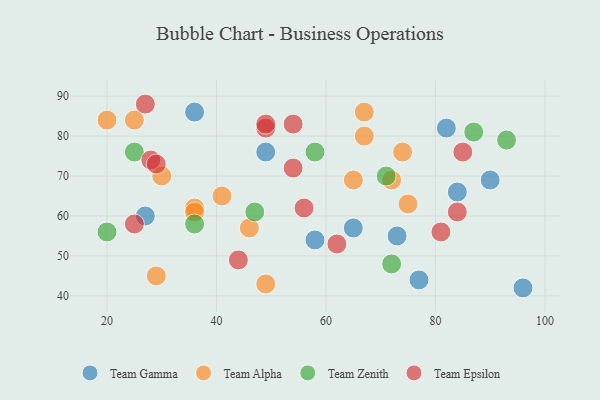
{"axis": {"x": "GDP", "y": "Life Expectancy"}, "legend": ["Team Alpha", "Team Epsilon", "Team Gamma", "Team Zenith"], "data": [{"x": "77", "y": 44, "type": "Team Gamma"}, {"x": "96", "y": 42, "type": "Team Gamma"}, {"x": "65", "y": 57, "type": "Team Gamma"}, {"x": "84", "y": 66, "type": "Team Gamma"}, {"x": "90", "y": 69, "type": "Team Gamma"}, {"x": "36", "y": 86, "type": "Team Gamma"}, {"x": "27", "y": 60, "type": "Team Gamma"}, {"x": "82", "y": 82, "type": "Team Gamma"}, {"x": "49", "y": 76, "type": "Team Gamma"}, {"x": "58", "y": 54, "type": "Team Gamma"}, {"x": "73", "y": 55, "type": "Team Gamma"}, {"x": "46", "y": 57, "type": "Team Alpha"}, {"x": "67", "y": 86, "type": "Team Alpha"}, {"x": "25", "y": 84, "type": "Team Alpha"}, {"x": "49", "y": 43, "type": "Team Alpha"}, {"x": "75", "y": 63, "type": "Team Alpha"}, {"x": "36", "y": 62, "type": "Team Alpha"}, {"x": "29", "y": 45, "type": "Team Alpha"}, {"x": "67", "y": 80, "type": "Team Alpha"}, {"x": "30", "y": 70, "type": "Team Alpha"}, {"x": "65", "y": 69, "type": "Team Alpha"}, {"x": "41", "y": 65, "type": "Team Alpha"}, {"x": "74", "y": 76, "type": "Team Alpha"}, {"x": "72", "y": 69, "type": "Team Alpha"}, {"x": "20", "y": 84, "type": "Team Alpha"}, {"x": "36", "y": 61, "type": "Team Alpha"}, {"x": "72", "y": 48, "type": "Team Zenith"}, {"x": "47", "y": 61, "type": "Team Zenith"}, {"x": "87", "y": 81, "type": "Team Zenith"}, {"x": "36", "y": 58, "type": "Team Zenith"}, {"x": "93", "y": 79, "type": "Team Zenith"}, {"x": "20", "y": 56, "type": "Team Zenith"}, {"x": "58", "y": 76, "type": "Team Zenith"}, {"x": "71", "y": 70, "type": "Team Zenith"}, {"x": "25", "y": 76, "type": "Team Zenith"}, {"x": "54", "y": 83, "type": "Team Epsilon"}, {"x": "49", "y": 82, "type": "Team Epsilon"}, {"x": "27", "y": 88, "type": "Team Epsilon"}, {"x": "56", "y": 62, "type": "Team Epsilon"}, {"x": "28", "y": 74, "type": "Team Epsilon"}, {"x": "25", "y": 58, "type": "Team Epsilon"}, {"x": "49", "y": 83, "type": "Team Epsilon"}, {"x": "29", "y": 73, "type": "Team Epsilon"}, {"x": "81", "y": 56, "type": "Team Epsilon"}, {"x": "84", "y": 61, "type": "Team Epsilon"}, {"x": "85", "y": 76, "type": "Team Epsilon"}, {"x": "44", "y": 49, "type": "Team Epsilon"}, {"x": "54", "y": 72, "type": "Team Epsilon"}, {"x": "62", "y": 53, "type": "Team Epsilon"}]}